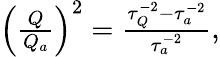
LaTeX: \begin{array}{r}{\left(\frac{Q}{Q_{a}}\right)^{2}=\frac{\tau_{Q}^{-2}-\tau_{a}^{-2}}{\tau_{a}^{-2}},}\end{array}